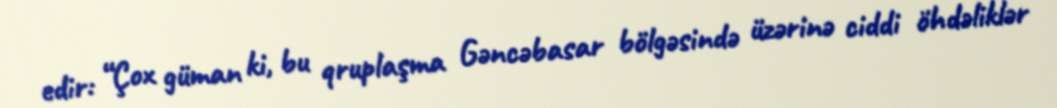
edir: “Çox güman ki, bu qruplaşma Gəncəbasar bölgəsində üzərinə ciddi öhdəliklər